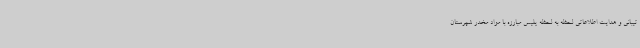
تیبانی و هدایت اطلاعاتی لحظه به لحظه پلیس مبارزه با مواد مخدر شهرستان